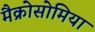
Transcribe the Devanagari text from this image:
मैक्रोसोमिया